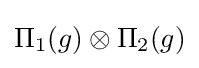
\Pi _{1}(g)\otimes \Pi _{2}(g)